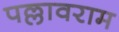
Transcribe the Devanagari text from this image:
पल्लावराम